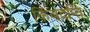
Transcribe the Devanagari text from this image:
किंबदन्ति